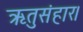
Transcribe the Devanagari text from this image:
ऋतुसंहार।